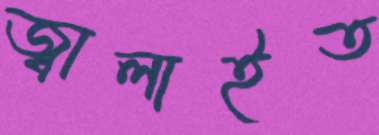
জ্বালাইত